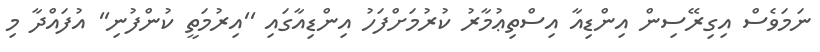
ނަމަވެސް އިގިރޭސިން އިންޑިއާ އިސްތިޢުމާރު ކުރުމަށްފަހު އިންޑިއާގައި ''އިރުމަތީ ކުންފުނި'' އުފައްދާ މި